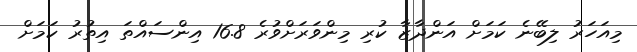
މިއަހަރު ލިބޭނެ ކަމަށް އަންދާޒާ ކުރި މިންވަރަށްވުރެ 16.8 އިންސައްތަ އިތުރު ކަމަށް